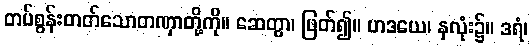
တပ်စွန်းတတ်သောတဏှာတို့ကို။ ဆေတွာ၊ ဖြတ်၍။ ဟဒယေ၊ နှလုံး၌။ ဒရံ၊